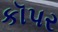
કૉપર